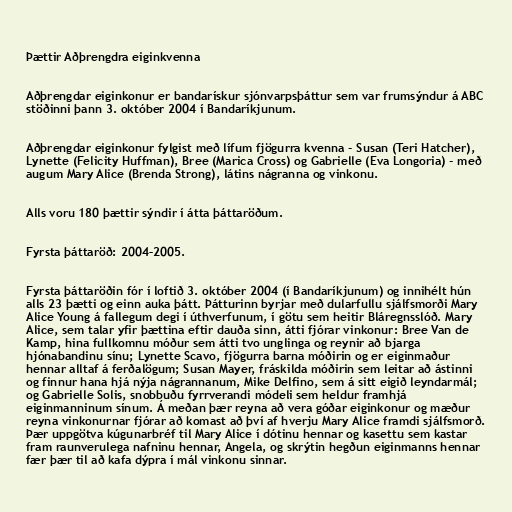
Þættir Aðþrengdra eiginkvenna

Aðþrengdar eiginkonur er bandarískur sjónvarpsþáttur sem var frumsýndur á ABC
stöðinni þann 3. október 2004 í Bandaríkjunum.

Aðþrengdar eiginkonur fylgist með lífum fjögurra kvenna - Susan (Teri Hatcher),
Lynette (Felicity Huffman), Bree (Marica Cross) og Gabrielle (Eva Longoria) - með
augum Mary Alice (Brenda Strong), látins nágranna og vinkonu.

Alls voru 180 þættir sýndir í átta þáttaröðum.

Fyrsta þáttaröð: 2004–2005.

Fyrsta þáttaröðin fór í loftið 3. október 2004 (í Bandaríkjunum) og innihélt hún
alls 23 þætti og einn auka þátt. Þátturinn byrjar með dularfullu sjálfsmorði Mary
Alice Young á fallegum degi í úthverfunum, í götu sem heitir Bláregnsslóð. Mary
Alice, sem talar yfir þættina eftir dauða sinn, átti fjórar vinkonur: Bree Van de
Kamp, hina fullkomnu móður sem átti tvo unglinga og reynir að bjarga
hjónabandinu sínu; Lynette Scavo, fjögurra barna móðirin og er eiginmaður
hennar alltaf á ferðalögum; Susan Mayer, fráskilda móðirin sem leitar að ástinni
og finnur hana hjá nýja nágrannanum, Mike Delfino, sem á sitt eigið leyndarmál;
og Gabrielle Solis, snobbuðu fyrrverandi módeli sem heldur framhjá
eiginmanninum sínum. Á meðan þær reyna að vera góðar eiginkonur og mæður
reyna vinkonurnar fjórar að komast að því af hverju Mary Alice framdi sjálfsmorð.
Þær uppgötva kúgunarbréf til Mary Alice í dótinu hennar og kasettu sem kastar
fram raunverulega nafninu hennar, Angela, og skrýtin hegðun eiginmanns hennar
fær þær til að kafa dýpra í mál vinkonu sinnar.